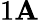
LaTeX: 1\mathbf{A}